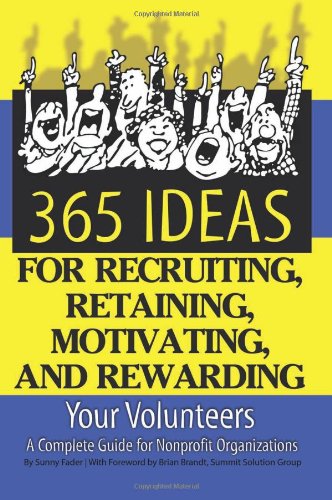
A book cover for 365 Ideas for Recruiting, Retaining, Motivating and Rewarding Your Volunteers: A Complete Guide for Non-Profit Organizations; Sunny Fader; Business & Money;